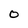
Character: 0